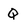
Character: Q